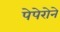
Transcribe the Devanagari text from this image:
पेपेरोने